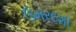
ઉમરદશી